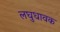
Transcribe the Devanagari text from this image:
लघुधावक